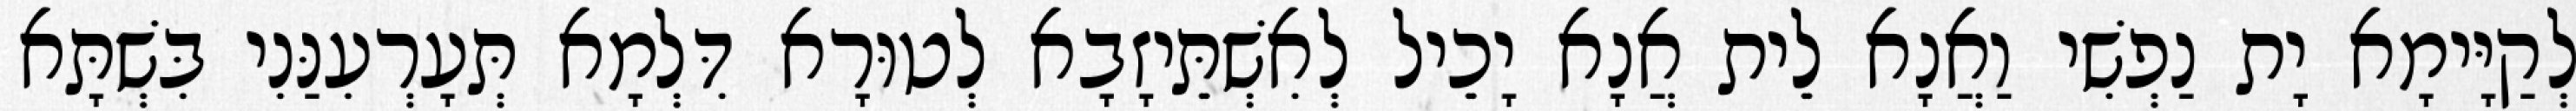
לְקַיָּימָא יָת נַפְשִׁי וַאֲנָא לֵית אֲנָא יָכֵיל לְאִשְׁתֵּיזָבָא לְטוּרָא דִּלְמָא תְּעָרְעִנַּנִי בִּשְׁתָּא